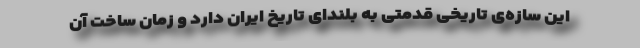
این سازه‌ی تاریخی قدمتی به بلندای تاریخ ایران دارد و زمان ساخت آن